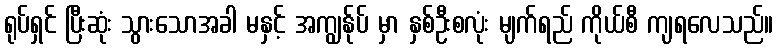
ရုပ်ရှင် ပြီးဆုံး သွားသောအခါ မနှင့် အကျွန်ုပ် မှာ နှစ်ဦးစလုံး မျက်ရည် ကိုယ်စီ ကျရလေသည်။